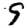
Digit: 9